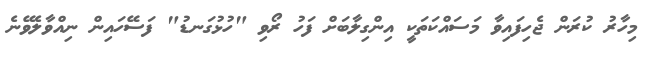
މިހާރު ކުރަން ޖެހިފައިވާ މަސައްކަތަކީ އިންގިލާބަށް ފަހު ރޯވި "ހުޅުގަނޑު" ފަސޭހައިން ނިއްވާލެވޭނެ